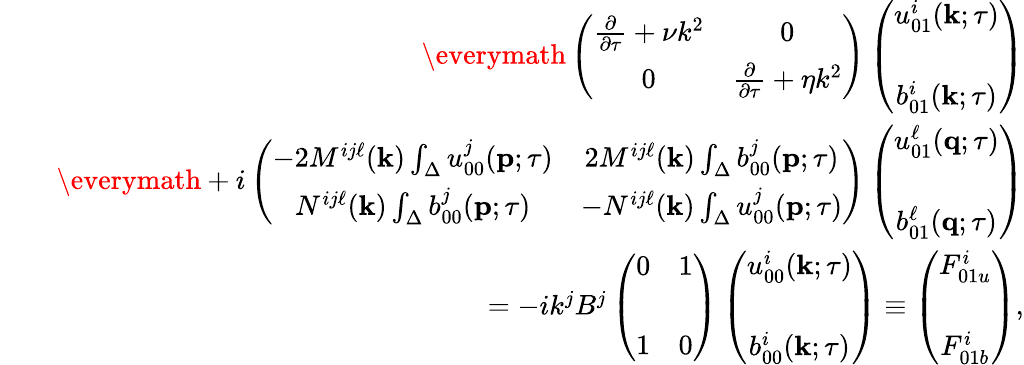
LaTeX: \begin{array}{rlr}&{}&{{\everymath{\displaystyle}\left({\begin{array}{cc}{\frac{\partial}{\partial\tau}+\nu k^{2}}&{0}\\ {0}&{\frac{\partial}{\partial\tau}+\eta k^{2}}\end{array}}\right)}\left({\begin{array}{cc}{u_{01}^{i}({\mathbf{k}};\tau)}\\ {b_{01}^{i}({\mathbf{k}};\tau)\rule{0ex}{5ex}}\end{array}}\right)}\\ &{}&{{\everymath{\displaystyle}+i\left({\begin{array}{cc}{-2M^{ij\ell}({\mathbf{k}})\int_{\Delta}u_{00}^{j}({\mathbf{p}};\tau)}&{2M^{ij\ell}({\mathbf{k}})\int_{\Delta}b_{00}^{j}({\mathbf{p}};\tau)}\\ {N^{ij\ell}({\mathbf{k}})\int_{\Delta}b_{00}^{j}({\mathbf{p}};\tau)}&{-N^{ij\ell}({\mathbf{k}})\int_{\Delta}u_{00}^{j}({\mathbf{p}};\tau)}\end{array}}\right)\left({\begin{array}{c}{u_{01}^{\ell}({\mathbf{q}};\tau)}\\ {b_{01}^{\ell}({\mathbf{q}};\tau)\rule{0ex}{5ex}}\end{array}}\right)}}\\ &{}&{=-ik^{j}B^{j}\left({\begin{array}{cc}{0}&{1}\\ {1}&{0\rule{0ex}{5ex}}\end{array}}\right)\left({\begin{array}{c}{u_{00}^{i}({\mathbf{k}};\tau)}\\ {b_{00}^{i}({\mathbf{k}};\tau)\rule{0ex}{5ex}}\end{array}}\right)\equiv\left({\begin{array}{c}{F_{01u}^{i}}\\ {F_{01b}^{i}\rule{0ex}{5ex}}\end{array}}\right),}\end{array}